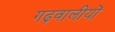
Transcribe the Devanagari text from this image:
गढ़वालीयों